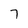
Character: 7